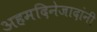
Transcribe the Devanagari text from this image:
अहमदिनेजादांनी